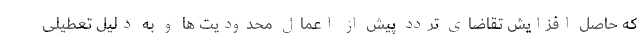
که حاصل افزایش تقاضای تردد پیش از اعمال محدودیت ها و به دلیل تعطیلی